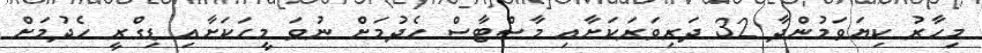
މިހާރު ކިޔަވަމުންދާ 32 ދަރިވަރަކަށާއި މާސްޓާސް ހެދުމަށް ނުވަ މީހަކަށާއި ޑިގްރީ ހެދުމަށް